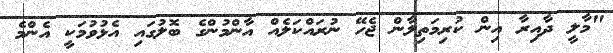
"މާލީ ދާއިރާ އިން ކުރިމަތިލާން ޖެހޭ ނުރައްކަލެއް އާންމުންގެ ބޮލުގައި އެޅުވުމަކީ އެންމެ